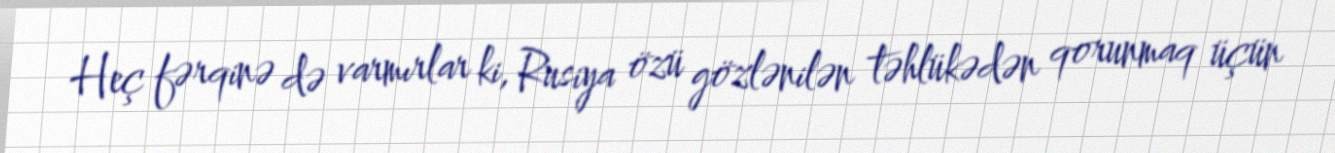
Heç fərqinə də varmırlar ki, Rusiya özü gözlənilən təhlükədən qorunmaq üçün